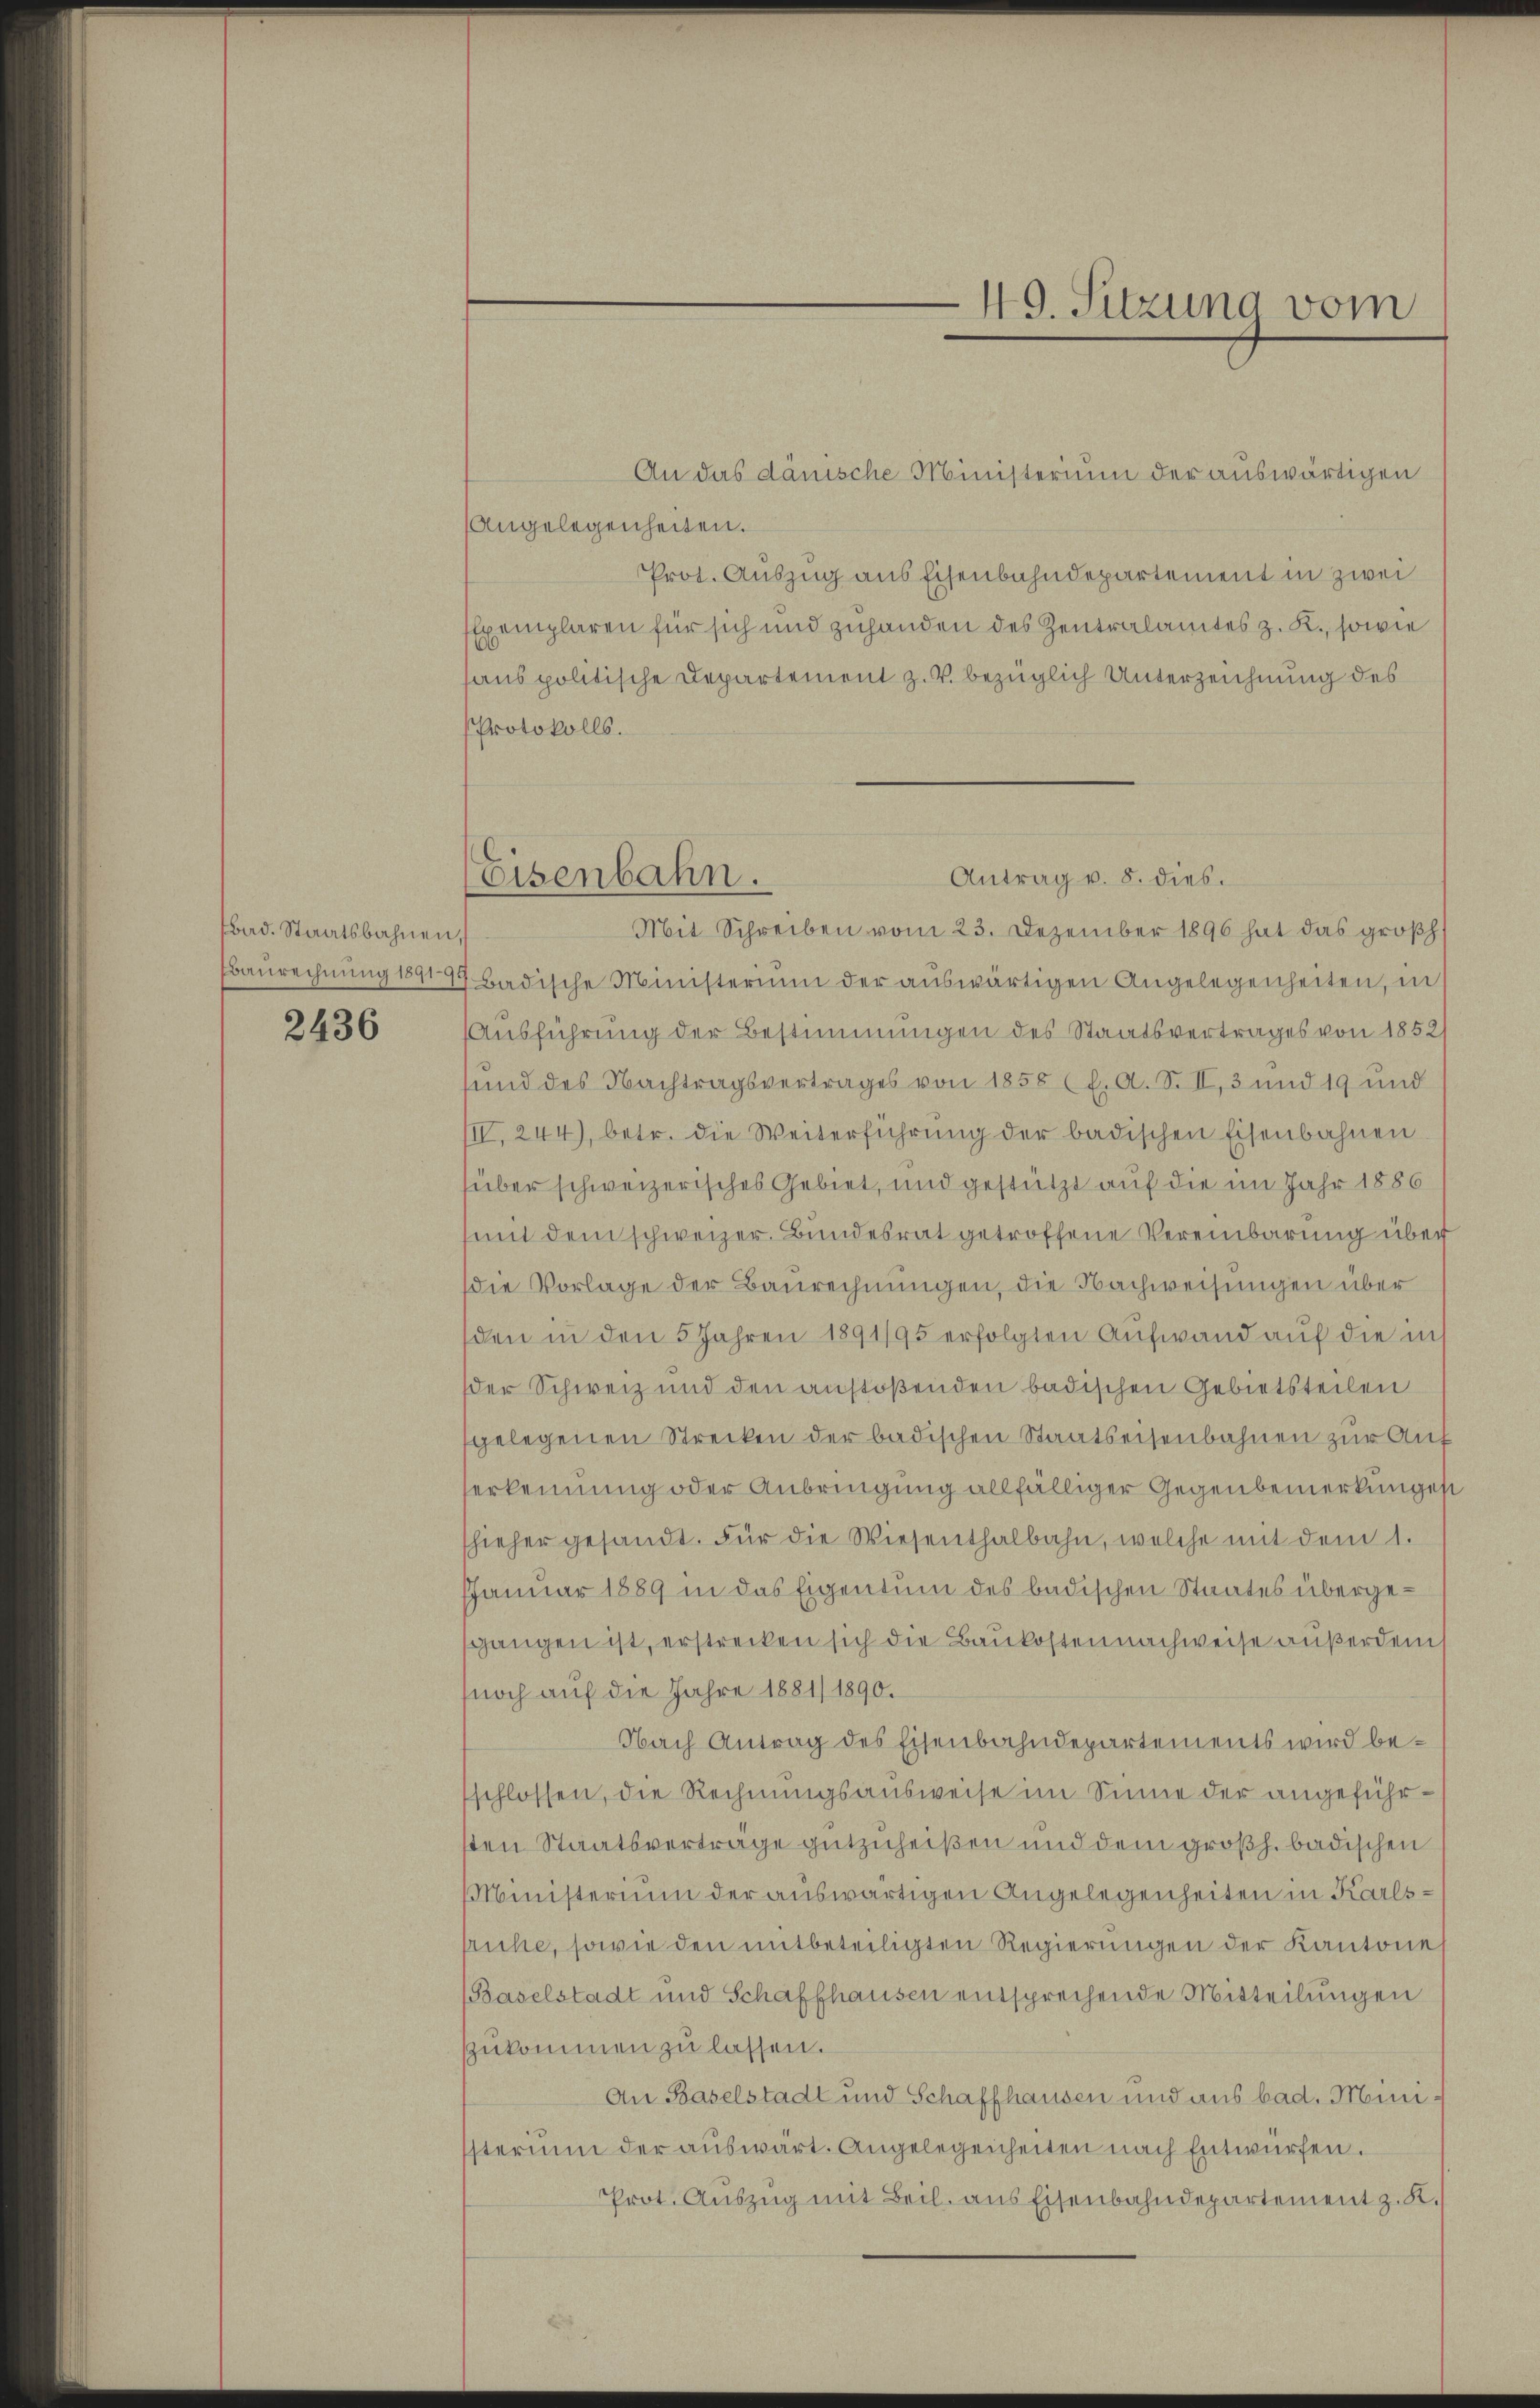
Bad. Staatsbahnen,
Baurechnung 18919
2436

An das dänische Ministerium der auswärtigen
Angelegenheiten.
Prot. Auszug aus Eisenbahndepartement in zwei
Exemplaren für sich und zuhanden des Zentralamtes z. K., sowie
aus politische Departement z. V. bezüglich Unterzeichnung des
Protokolls.
Mit Schreiben vom 23. Dezember 1896 hat das großh.
Badische Ministerium der auswärtigen Angelegenheiten, in
Ausführung der Bestimmungen des Staatsvertrages von 1852/
sund des Nachtragsvertrages von 1858 (E. A. S. II, 3 und 19 und
IIV. 244), betr. die Weiterführung der badischen Eisenbahnen
über schweizerisches Gebiet, und gestützt auf die im Jahr 1886
mit dem schweizer. Bundesrat getroffene Vereinbarung über
die Vorlage der Baurechnungen, die Nachweisungen über
den in den 5 Jahren 1891/95 erfolgten Aufwand auf die in
der Schweiz und den anstoßenden badischen Gebietsteilen
gelegenen Strecken der badischen Staatseisenbahnen zur Auferkennung oder Anbringung allfälliger Gegenbemerkunges
hieher gesandt. Für die Wiesenthalbahn, welche mit dem 1.
JJanuar 1889 in das Eigentum des badischen Staates übergegangen ist, erstrecken sich die Baukosten nachweise außerdem
noch auf die Jahre 1881/ 1890.
Nach Antrag des Eisenbahndepartements wird beschlossen, die Rechnungsausweise im Sinne der angeführsten Staatsverträge gutzuheißen und dem großh. badischen
Ministerium der auswärtigen Angelegenheiten in Karlssruhe, sowie den mitbeteiligten Regierungen der Kantone
Baselstadt und Schaffhausen entsprechende Mitteilungen
zukommen zu lassen.
An Baselstadt und Schaffhausen und aus bad. Ministerium der auswart. Angelegenheiten nach Entwürfen.
Prot. Auszug mit Beil. aus Eisenbahndepartement z. K.

49. Sitzung vom

Antrag v. 8. dies.
Eisenbahn.